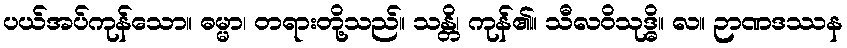
ပယ်အပ်ကုန်သော။ ဓမ္မာ၊ တရားတို့သည်။ သန္တိ၊ ကုန်၏။ သီလဝိသုဒ္ဓိ။ လ။ ဉာဏဒဿန